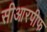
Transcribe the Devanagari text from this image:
सीआरपीफ